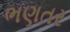
ભણતર